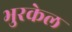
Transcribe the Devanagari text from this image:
भुरकेल